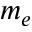
m _ { e }